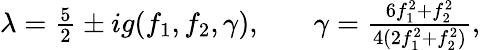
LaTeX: \begin{array}{rlr}{\lambda=\frac{5}{2}\pm ig(f_{1},f_{2},\gamma),}&{{}}&{\gamma=\frac{6f_{1}^{2}+f_{2}^{2}}{4(2f_{1}^{2}+f_{2}^{2})},}\end{array}